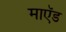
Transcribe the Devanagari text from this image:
माऍड